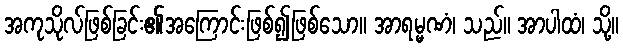
အကုသိုလ်ဖြစ်ခြင်း၏အကြောင်းဖြစ်၍ဖြစ်သော။ အာရမ္မဏံ၊ သည်။ အာပါထံ၊ သို့။